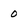
Character: 0